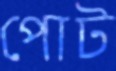
পোট